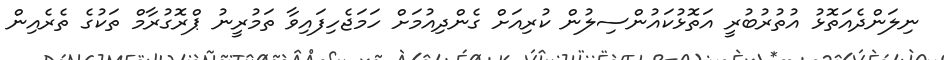
ނިލަންދެއަތޮޅު އުތުރުބުރީ އަތޮޅުކައުންސިލުން ކުރިއަށް ގެންދިއުމަށް ހަމަޖެހިފައިވާ ތަމުރީނު ޕްރޮގުރާމް ތަކުގެ ތެރެއިން